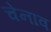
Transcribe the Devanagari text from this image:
चेनाव